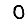
Digit: 0